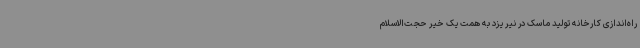
راه‌اندازی کارخانه تولید ماسک در نیر یزد به همت یک خیر حجت‌الاسلام